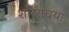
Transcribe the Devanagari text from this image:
शरिराचया